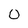
Character: 0